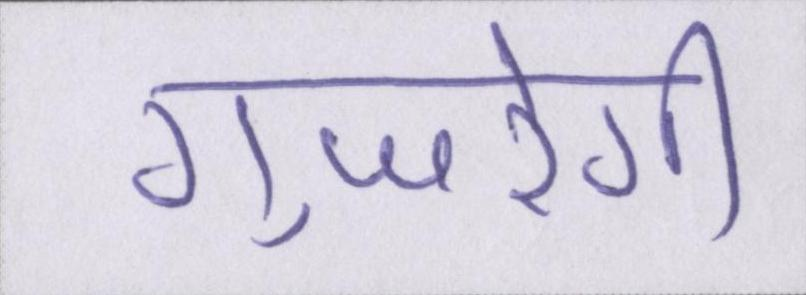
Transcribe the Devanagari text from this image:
गुजरेगी